Indian journal of veterinary science and animal husbandry - Volume 6,
Year: 1936
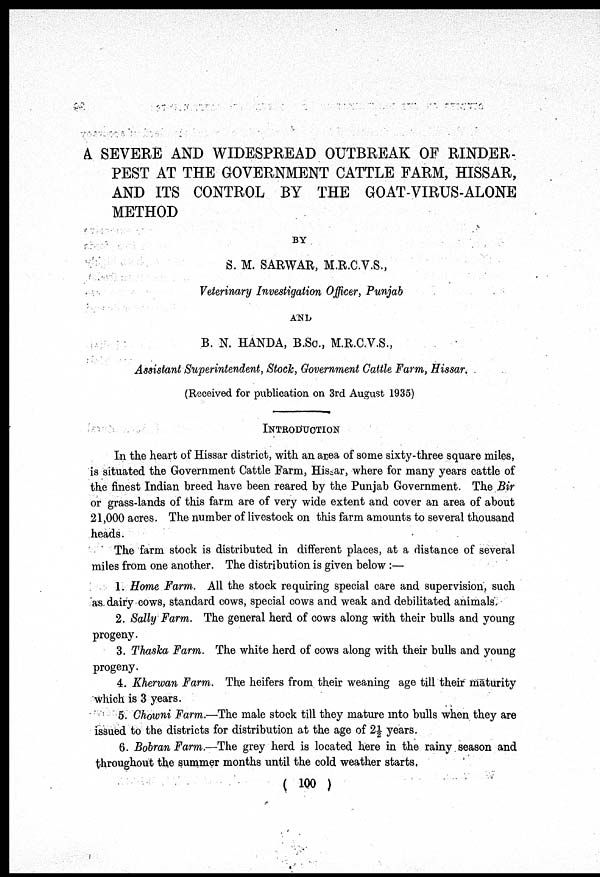
A SEVERE AND WIDESPREAD OUTBREAK OF RINDER-
PEST AT THE GOVERNMENT CATTLE FARM, HISSAR,
AND ITS CONTROL BY THE GOAT-VIRUS-ALONE
METHOD
BY
S. M. SARWAR, M.R.C.V.S.,
Veterinary Investigation Officer, Punjab
AND
B. N. HANDA, B.Sc, M.R.C.V.S.,
Assistant Superintendent, Stock, Government Cattle Farm, Hissar.
(Received for publication on 3rd August 1935)
INTRODUCTION
In the heart of Hissar district, with an area of some sixty-three square miles,
is situated the Government Cattle Farm, Hissar, where for many years cattle of
the finest Indian breed have been reared by the Punjab Government. The Bir
or grass-lands of this farm are of very wide extent and cover an area of about
21,000 acres. The number of livestock on this farm amounts to several thousand
heads.
The farm stock is distributed in different places, at a distance of several
miles from one another. The distribution is given below :—
1. Home Farm. All the stock requiring special care and supervision, such
as dairy cows, standard cows, special cows and weak and debilitated animals.
2. Sally Farm. The general herd of cows along with their bulls and young
progeny.
3. Thaska Farm. The white herd of cows along with their bulls and young
progeny.
4. Kherwan Farm. The heifers from their weaning age till their maturity
which is 3 years.
5. Chowni Farm.—The male stock till they mature into bulls when they are
issued to the districts for distribution at the age of 2½ years.
6. Bobran Farm.—The grey herd is located here in the rainy season and
throughout the summer months until the cold weather starts.
( 100 )